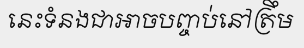
នេះទំនងជាអាចបញ្ចប់នៅត្រឹម